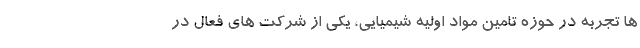
ها تجربه در حوزه تامین مواد اولیه شیمیایی، یکی از شرکت های فعال در